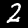
Label: 2